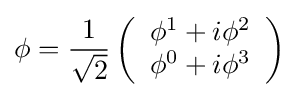
\phi ={\frac {1}{\sqrt {2}}}\left({\begin{array}{c}\phi ^{1}+i\phi ^{2}\\\phi ^{0}+i\phi ^{3}\end{array}}\right)